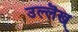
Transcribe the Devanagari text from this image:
उल्लॆख्